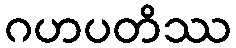
ဂဟပတိဿ